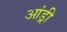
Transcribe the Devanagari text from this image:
आंड्री